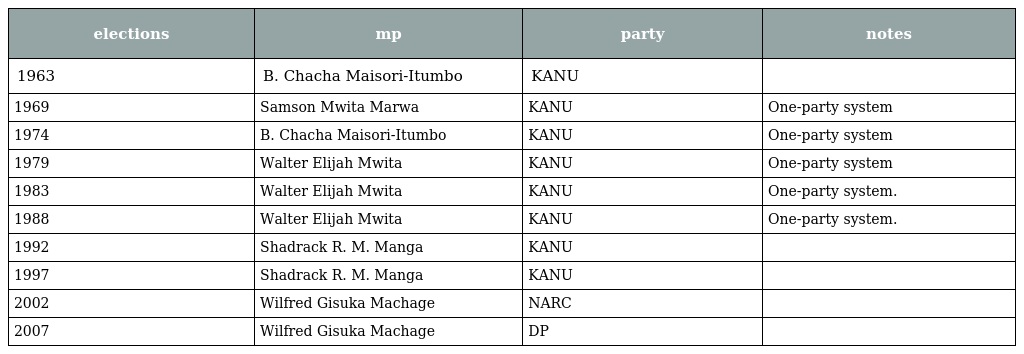
| elections | mp | party | notes |
 | --- | --- | --- | --- |
 | 1963 | B. Chacha Maisori-Itumbo | KANU |  |
 | 1969 | Samson Mwita Marwa | KANU | One-party system |
 | 1974 | B. Chacha Maisori-Itumbo | KANU | One-party system |
 | 1979 | Walter Elijah Mwita | KANU | One-party system |
 | 1983 | Walter Elijah Mwita | KANU | One-party system. |
 | 1988 | Walter Elijah Mwita | KANU | One-party system. |
 | 1992 | Shadrack R. M. Manga | KANU |  |
 | 1997 | Shadrack R. M. Manga | KANU |  |
 | 2002 | Wilfred Gisuka Machage | NARC |  |
 | 2007 | Wilfred Gisuka Machage | DP |  |